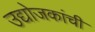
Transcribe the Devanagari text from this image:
उद्योजकांची